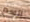
السم